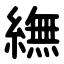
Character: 䌗